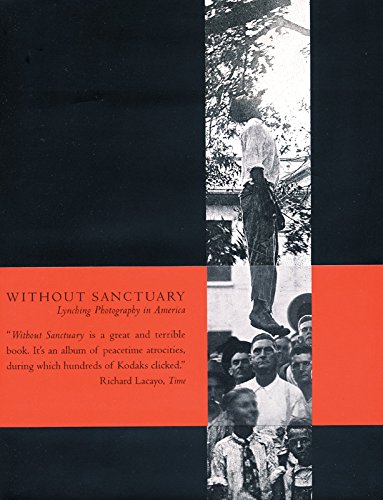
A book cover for Without Sanctuary: Lynching Photography in America; James Allen; Arts & Photography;